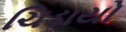
ચિડાયો